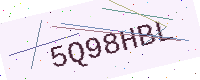
Text: 5Q98HBL